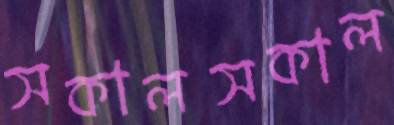
সকালসকাল